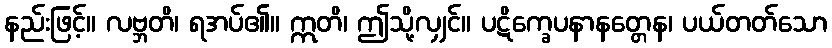
နည်းဖြင့်။ လဗ္ဘတိ၊ ရအပ်၏။ ဣတိ၊ ဤသို့လျှင်။ ပဋိက္ခေပနာနတ္တေန၊ ပယ်တတ်သော